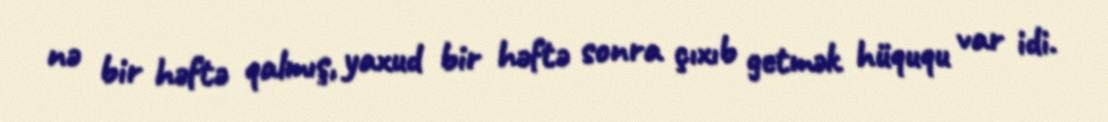
nə bir həftə qalmış, yaxud bir həftə sonra çıxıb getmək hüququ var idi.